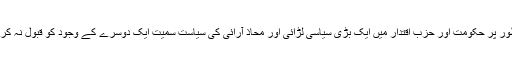
کیونکہ ہم نے تو عمومی طور پر حکومت اور حزب اقتدار میں ایک بڑی سیاسی لڑائی اور محاذ آرائی کی سیاست سمیت ایک دوسرے کے وجود کو قبول نہ کرنے کی سیاست دیکھی ہے۔